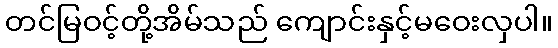
တင်မြဝင့်တို့အိမ်သည် ကျောင်းနှင့်မဝေးလှပါ။